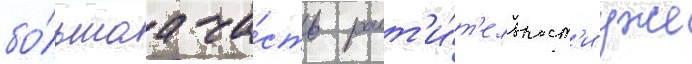
бо́льшаа ча́сть раст'и́т'ельност'и уже